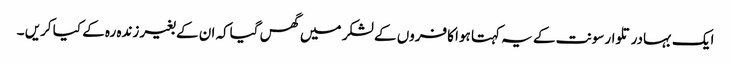
ایک بہادر تلوار سونت کے یہ کہتا ہوا کافروں کے لشکر میں گھس گیاکہ ان کے بغیر زندہ رہ کے کیا کریں ۔